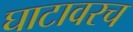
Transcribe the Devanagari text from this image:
घाटावरच